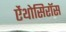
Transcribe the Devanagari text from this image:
ऐंथोसिरॉस